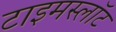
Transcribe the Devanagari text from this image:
टाइमस्लॉट